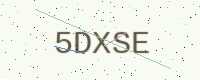
Text: 5DXSE